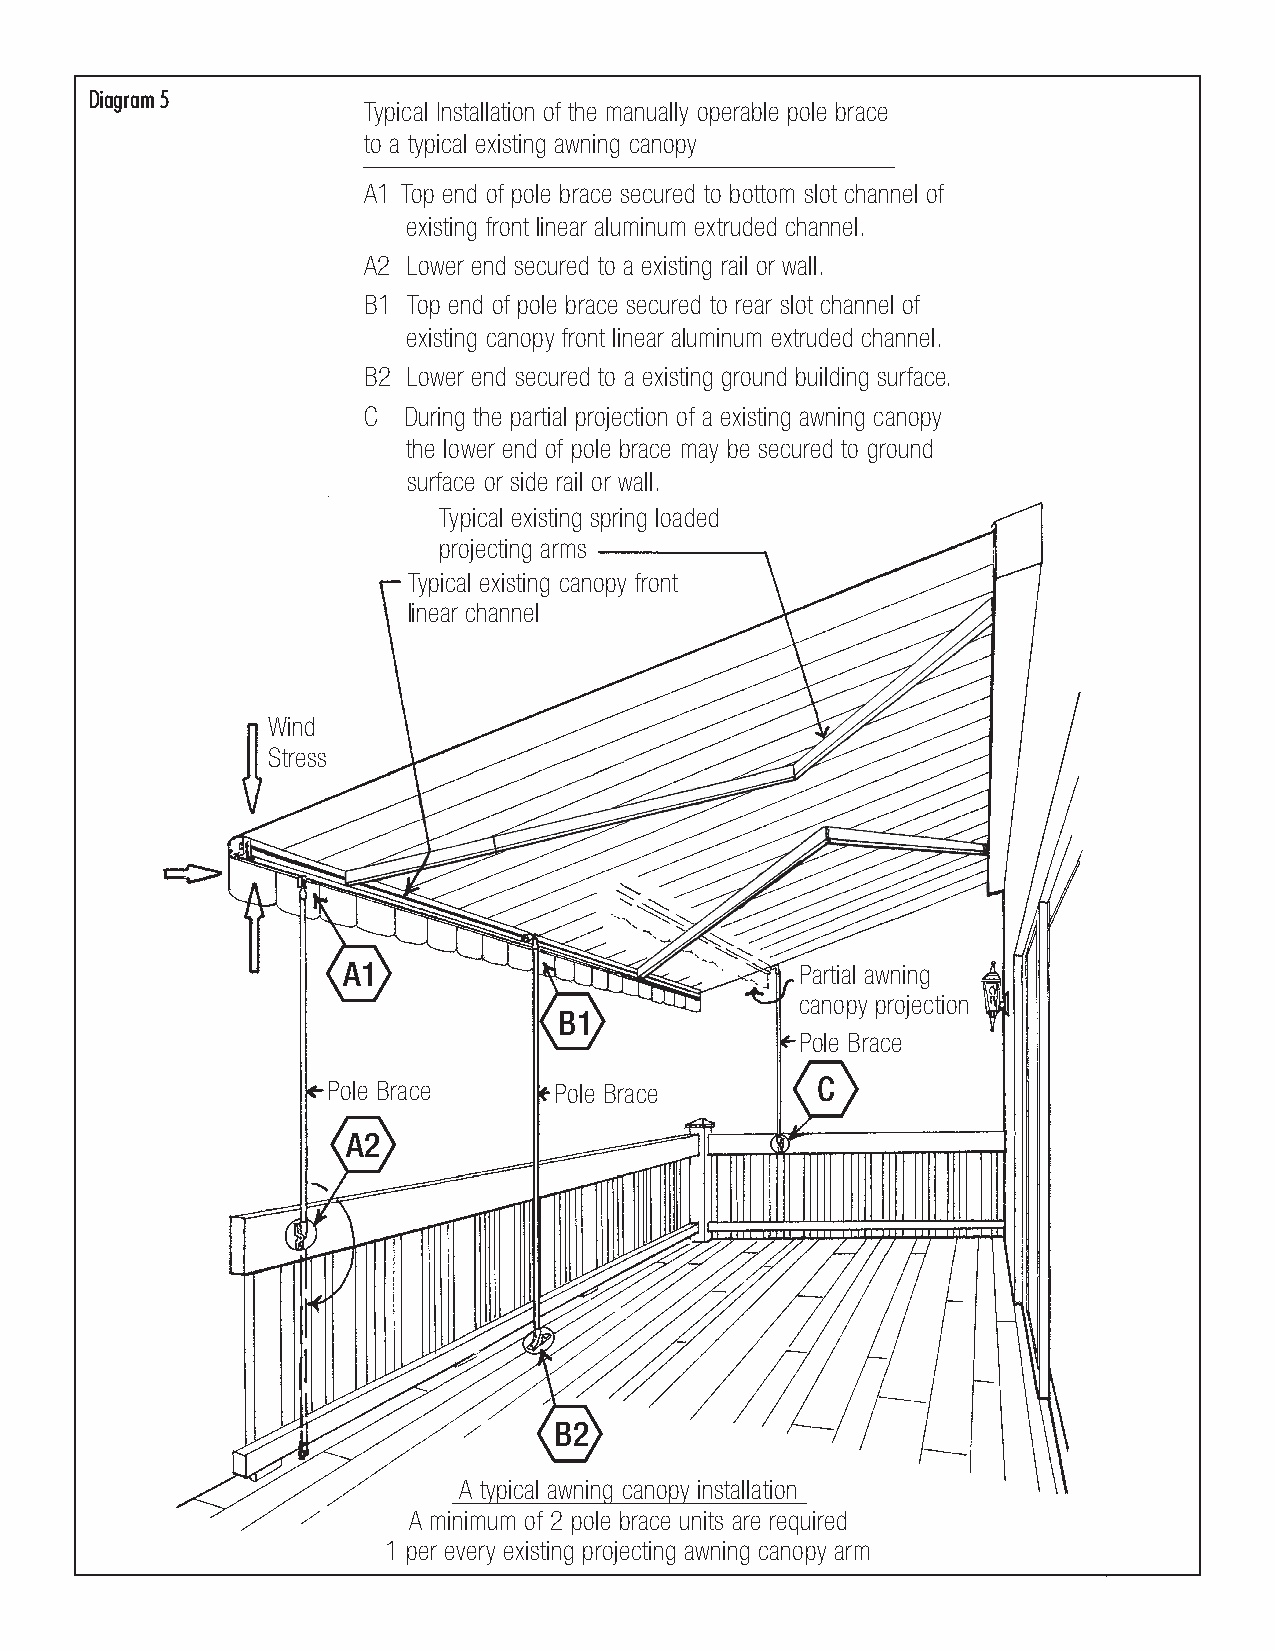
Diagram 5
 Typical Installation of the manually operable pole brace
 to a typical existing awning canopy
 A1 Top end of pole brace secured to bottom slot channel of
 existing front linear aluminum extruded channel.
 A2 Lower end secured to a existing rail or wall.
 B1 Top end of pole brace secured to rear slot channel of
 existing canopy front linear aluminum extruded channel.
 B2 Lower end secured to a existing ground building surface.
 C  During the partial projection of a existing awning canopy
 the lower end of pole brace may be secured to ground
 surface or side rail or wall.
 Typical existing spring loaded
 projecting arms
 Typical existing canopy front
 linear channel
 Wind
 Stress
 A1                            Partial awning
 canopy projection
 B1
 Pole Brace
 Pole Brace     Pole Brace       C
 A2
 B2
 A typical awning canopy installation
 A minimum of 2 pole brace units are required
 1 per every existing projecting awning canopy arm